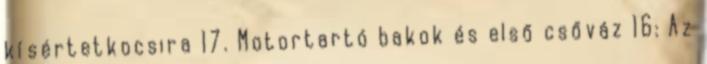
kísértetkocsira 17. Motortartó bakok és első csőváz 16: Az